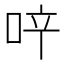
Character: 𠲗